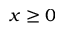
x \ge 0